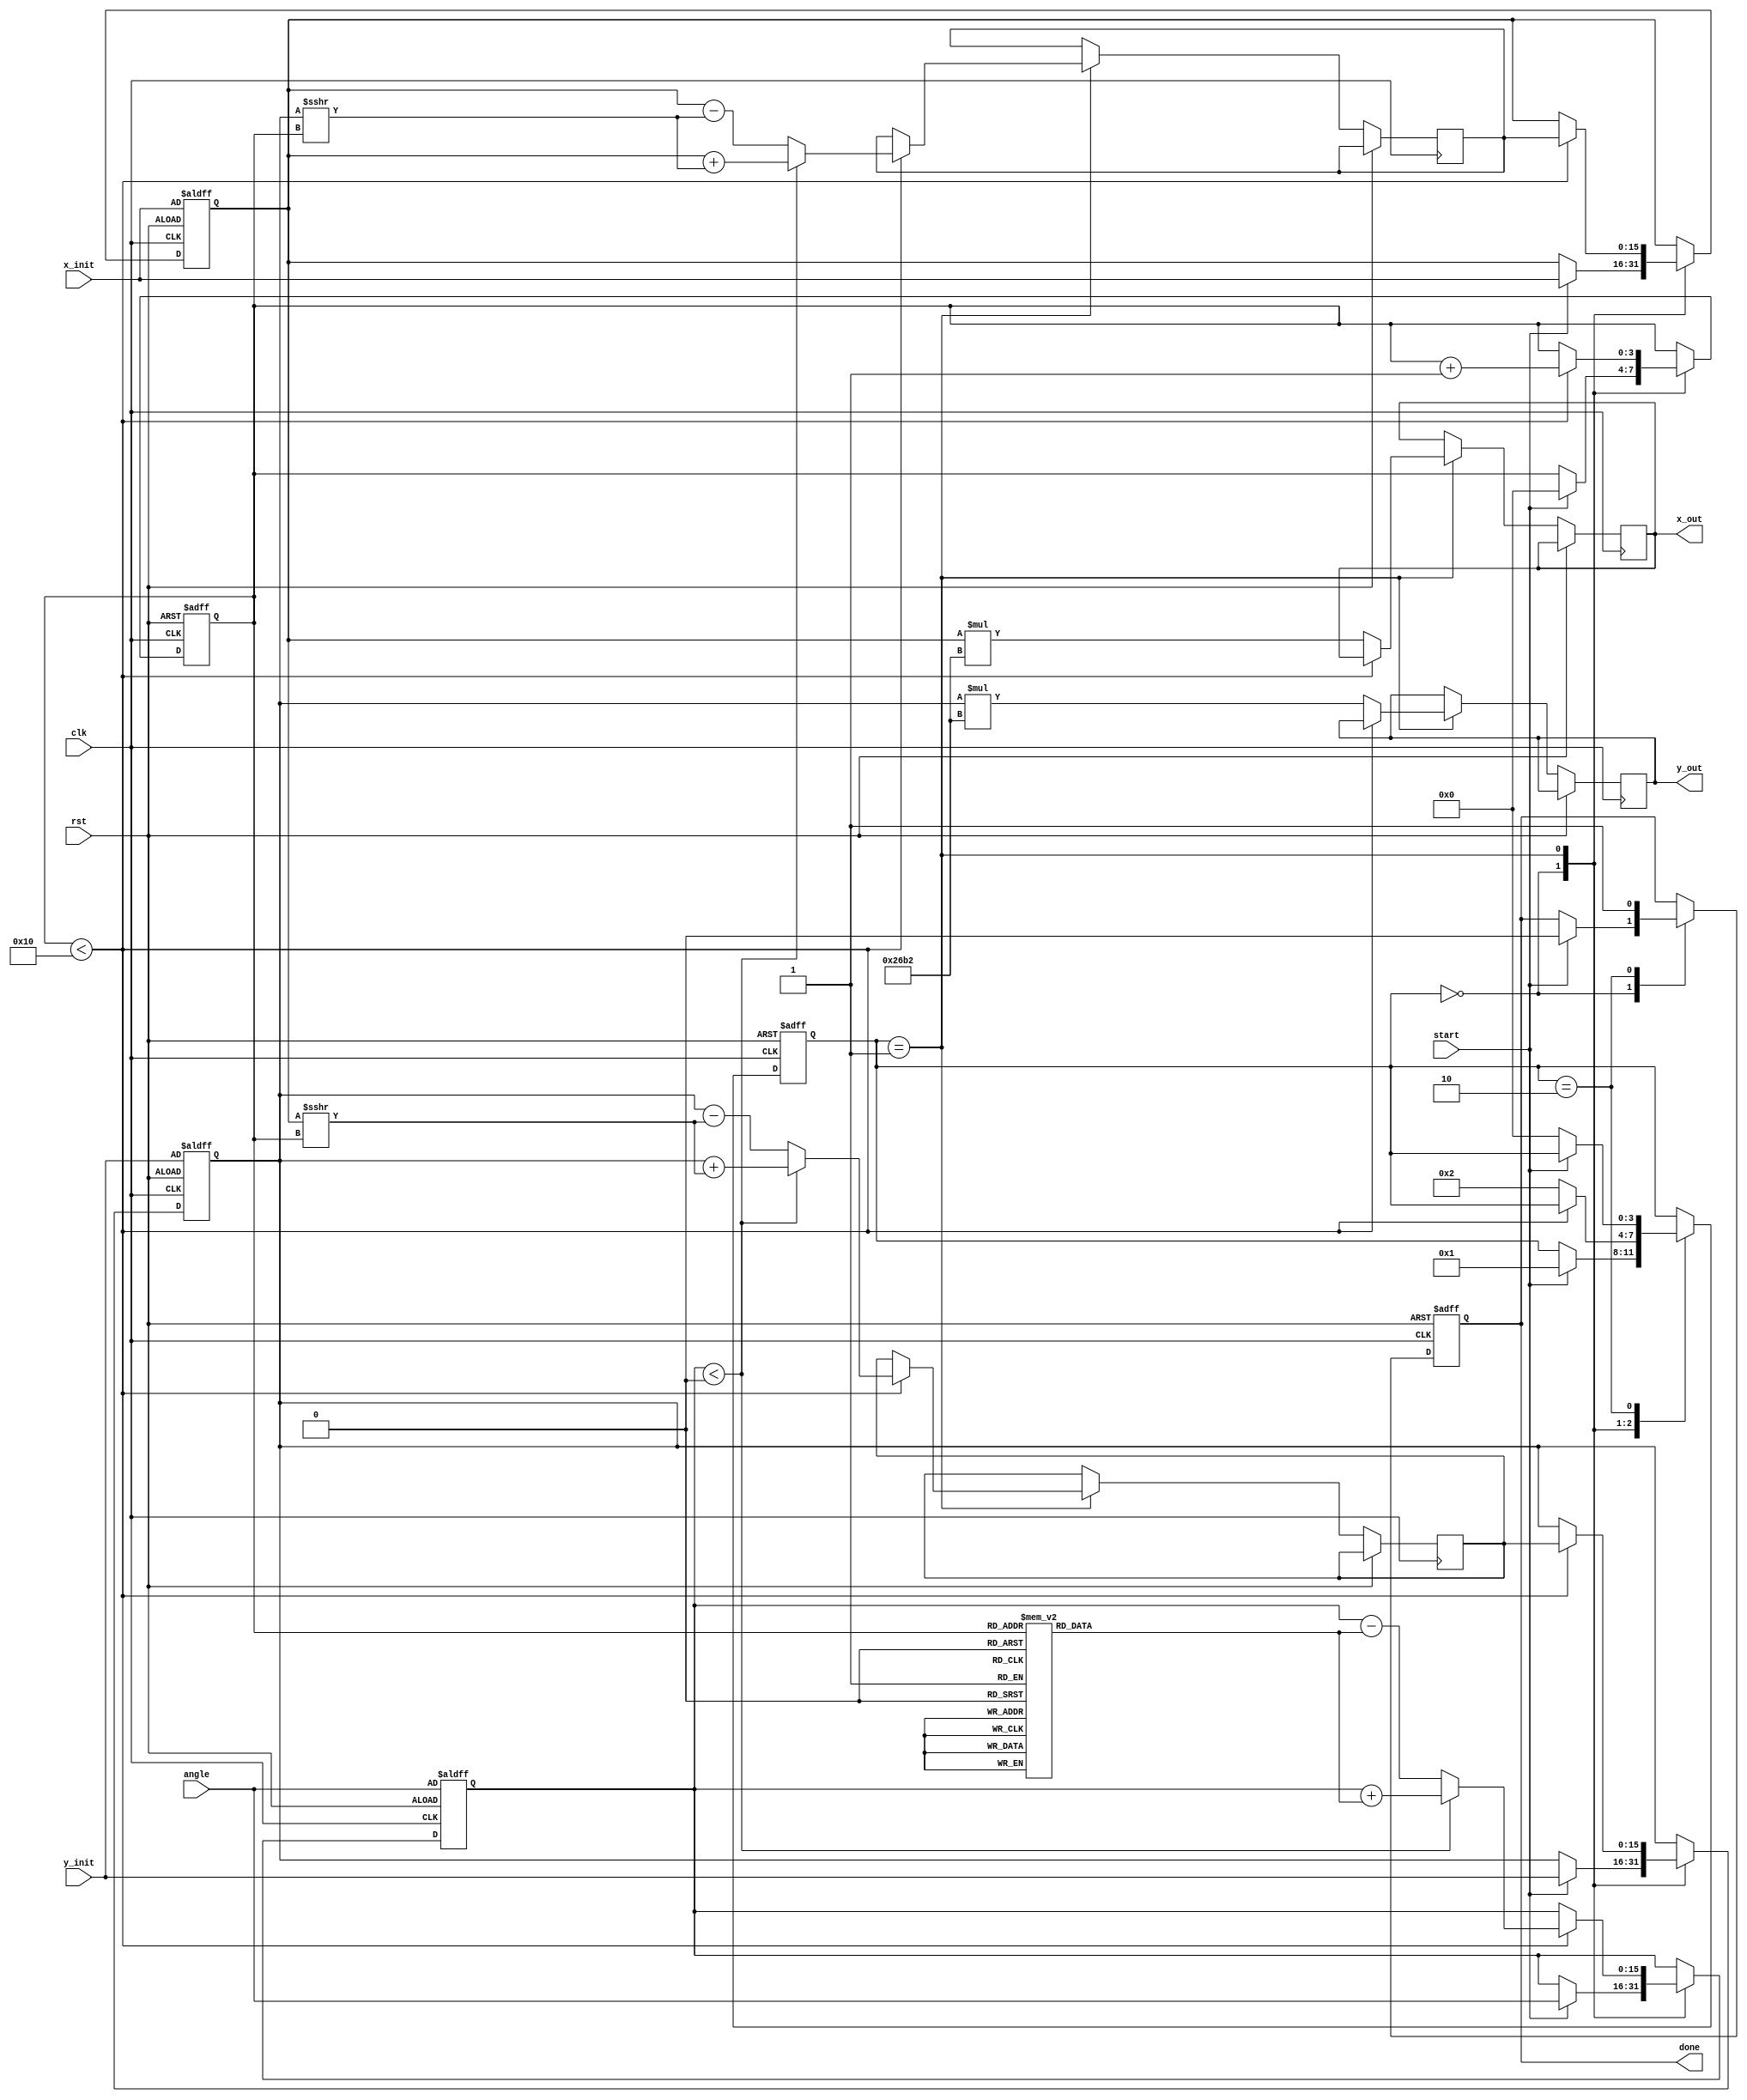
module hyperbolic_cordic #(
    parameter WIDTH = 16,         // Bit-width for fixed-point representation
    parameter ITERATIONS = 16     // Number of iterations for CORDIC
)(
    input wire clk,
    input wire rst,
    input wire start,
    input wire signed [WIDTH-1:0] angle, // Hyperbolic angle input
    input wire signed [WIDTH-1:0] x_init, // Initial x value (cosh)
    input wire signed [WIDTH-1:0] y_init, // Initial y value (sinh)
    output reg signed [WIDTH-1:0] x_out,  // Final cosh output
    output reg signed [WIDTH-1:0] y_out,  // Final sinh output
    output reg done
);

    // Internal signals
    reg [3:0] state;
    reg [3:0] iteration_count;
    reg signed [WIDTH-1:0] x, y, z;
    reg signed [WIDTH-1:0] x_next, y_next;
    
    // CORDIC gain (scaling factor)
    localparam signed [WIDTH-1:0] K = 16'h26B2; // Approximation of 1/sqrt(2) for scaling

    // State encoding
    localparam IDLE = 0, RUN = 1, DONE = 2;

    // Lookup table for hyperbolic angles (for simplicity, using fixed values)
    reg signed [WIDTH-1:0] angle_table [0:ITERATIONS-1];
    initial begin
        angle_table[0] = 16'h0001; // Example values, should be filled with actual hyperbolic angles
        angle_table[1] = 16'h0002;
        // Fill in the rest...
    end

    // State machine
    always @(posedge clk or posedge rst) begin
        if (rst) begin
            state <= IDLE;
            done <= 0;
            iteration_count <= 0;
            x <= x_init;
            y <= y_init;
            z <= angle;
        end else begin
            case (state)
                IDLE: begin
                    if (start) begin
                        x <= x_init;
                        y <= y_init;
                        z <= angle;
                        iteration_count <= 0;
                        state <= RUN;
                        done <= 0;
                    end
                end
                RUN: begin
                    if (iteration_count < ITERATIONS) begin
                        // CORDIC rotation logic
                        if (z < 0) begin
                            x_next <= x + (y >>> iteration_count);
                            y_next <= y + (x >>> iteration_count);
                            z <= z + angle_table[iteration_count];
                        end else begin
                            x_next <= x - (y >>> iteration_count);
                            y_next <= y - (x >>> iteration_count);
                            z <= z - angle_table[iteration_count];
                        end
                        x <= x_next;
                        y <= y_next;
                        iteration_count <= iteration_count + 1;
                    end else begin
                        // Apply scaling
                        x_out <= x * K;
                        y_out <= y * K;
                        state <= DONE;
                    end
                end
                DONE: begin
                    done <= 1;
                    if (!start) begin
                        state <= IDLE;
                    end
                end
            endcase
        end
    end

endmodule